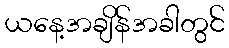
ယနေ့အချိန်အခါတွင်